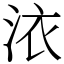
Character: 㳖